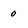
Character: 0